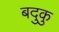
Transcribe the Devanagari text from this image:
बदुकु